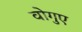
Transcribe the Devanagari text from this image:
वोगुए